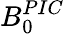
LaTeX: B_{0}^{PIC}